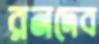
রনদেব